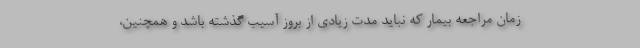
زمان مراجعه بیمار که نباید مدت زیادی از بروز آسیب گذشته باشد و همچنین،